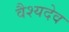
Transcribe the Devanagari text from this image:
वैश्यदेव